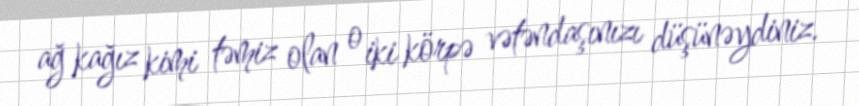
ağ kağız kimi təmiz olan o iki körpə vətəndaşınızı düşünəydiniz.